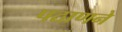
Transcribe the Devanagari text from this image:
पठाणने